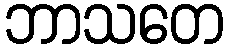
ဘာသတေ